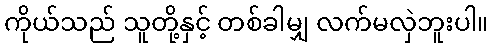
ကိုယ်သည် သူတို့နှင့် တစ်ခါမျှ လက်မလှဲဘူးပါ။